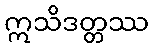
ဣသိဒတ္တဿ